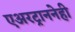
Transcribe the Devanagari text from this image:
एअरट्राननेही